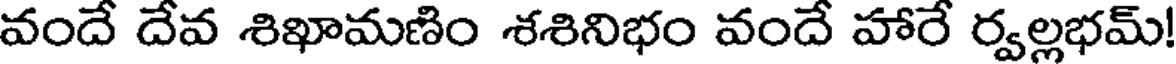
వందే దేవ శిఖామణిం శశినిభం వందే హారే ర్వల్లభమ్!